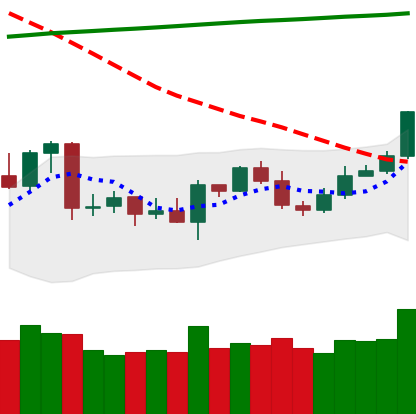
Ticker: ETC-USD
Chart end date: 2020-04-26
Forward return: 7.288%
Label: up_7plus